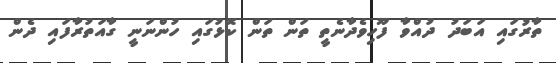
ތާރުގައި އަބަދު ދުއްވާ ފޫހިވެދާނެތީ ތަން ތަން ކޮޅުުގައި ހުންނަނީ ގާއަތުރާފައި ދެން